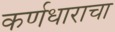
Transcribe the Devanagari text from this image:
कर्णधाराचा